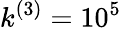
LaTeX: k^{(3)}=10^{5}